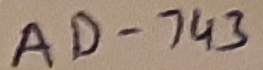
Text: AD-743